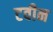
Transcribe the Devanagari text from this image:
टवीन